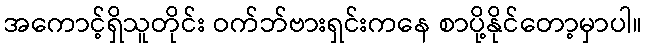
အကောင့်ရှိသူတိုင်း ဝက်ဘ်ဗားရှင်းကနေ စာပို့နိုင်တော့မှာပါ။